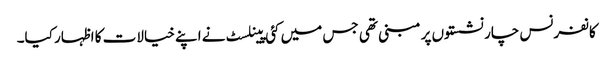
کانفرنس چار نشستوں پر مبنی تھی جس میں کئی پینلسٹ نے اپنے خیالات کا اظہار کیا۔